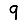
Digit: 9